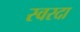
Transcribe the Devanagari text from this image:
स्वरदा